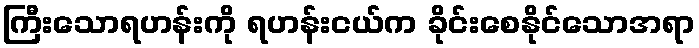
ကြီးသောရဟန်းကို ရဟန်းငယ်က ခိုင်းစေနိုင်သောအရာ